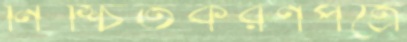
নিশ্চিতকরণপত্রে